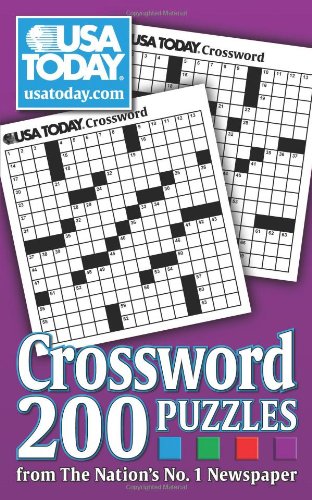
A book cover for USA TODAY Crossword: 200 Puzzles from The Nation's No. 1 Newspaper; USA TODAY; Humor & Entertainment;